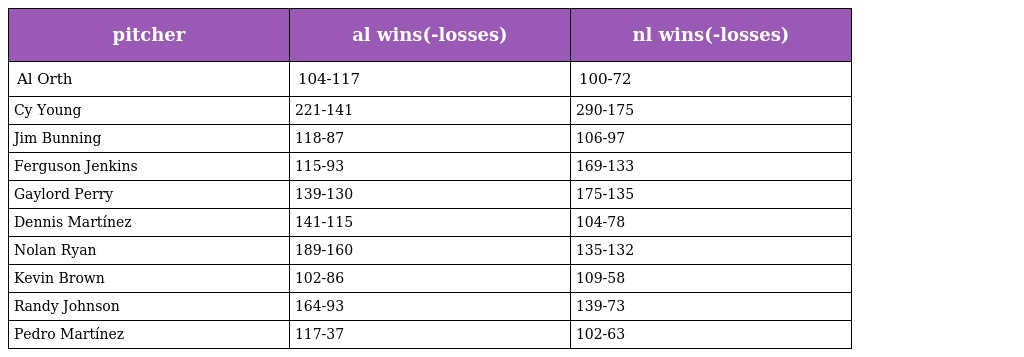
| pitcher | al wins(-losses) | nl wins(-losses) |
 | --- | --- | --- |
 | Al Orth | 104-117 | 100-72 |
 | Cy Young | 221-141 | 290-175 |
 | Jim Bunning | 118-87 | 106-97 |
 | Ferguson Jenkins | 115-93 | 169-133 |
 | Gaylord Perry | 139-130 | 175-135 |
 | Dennis Martínez | 141-115 | 104-78 |
 | Nolan Ryan | 189-160 | 135-132 |
 | Kevin Brown | 102-86 | 109-58 |
 | Randy Johnson | 164-93 | 139-73 |
 | Pedro Martínez | 117-37 | 102-63 |